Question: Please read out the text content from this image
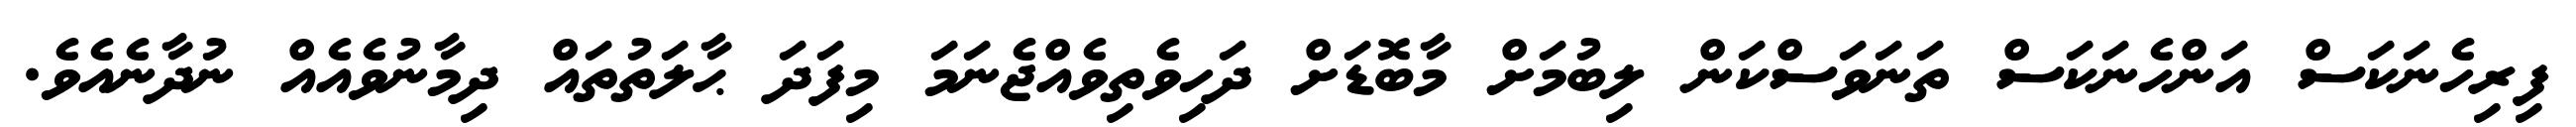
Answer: ފިރިހެނަކަސް އަންހެނަކަސް ތަނަވަސްކަން ލިބުމަށް މާބޮޑަށް ދަހިވެތިވެއްޖެނަމަ މިފަދަ ޙާލަތުތައް ދިމާނުވެއެއް ނުދާނެއެވެ.